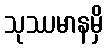
သုဿမာနမှိ